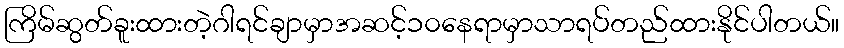
ကြိမ်ဆွတ်ခူးထားတဲ့ဂါရင်ချာမှာအဆင့်၁၀နေရာမှာသာရပ်တည်ထားနိုင်ပါတယ်။